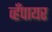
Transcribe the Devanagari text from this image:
व्हँपायर